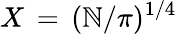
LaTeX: X\, =\, (\mathbb{N}/\pi)^{1/4}